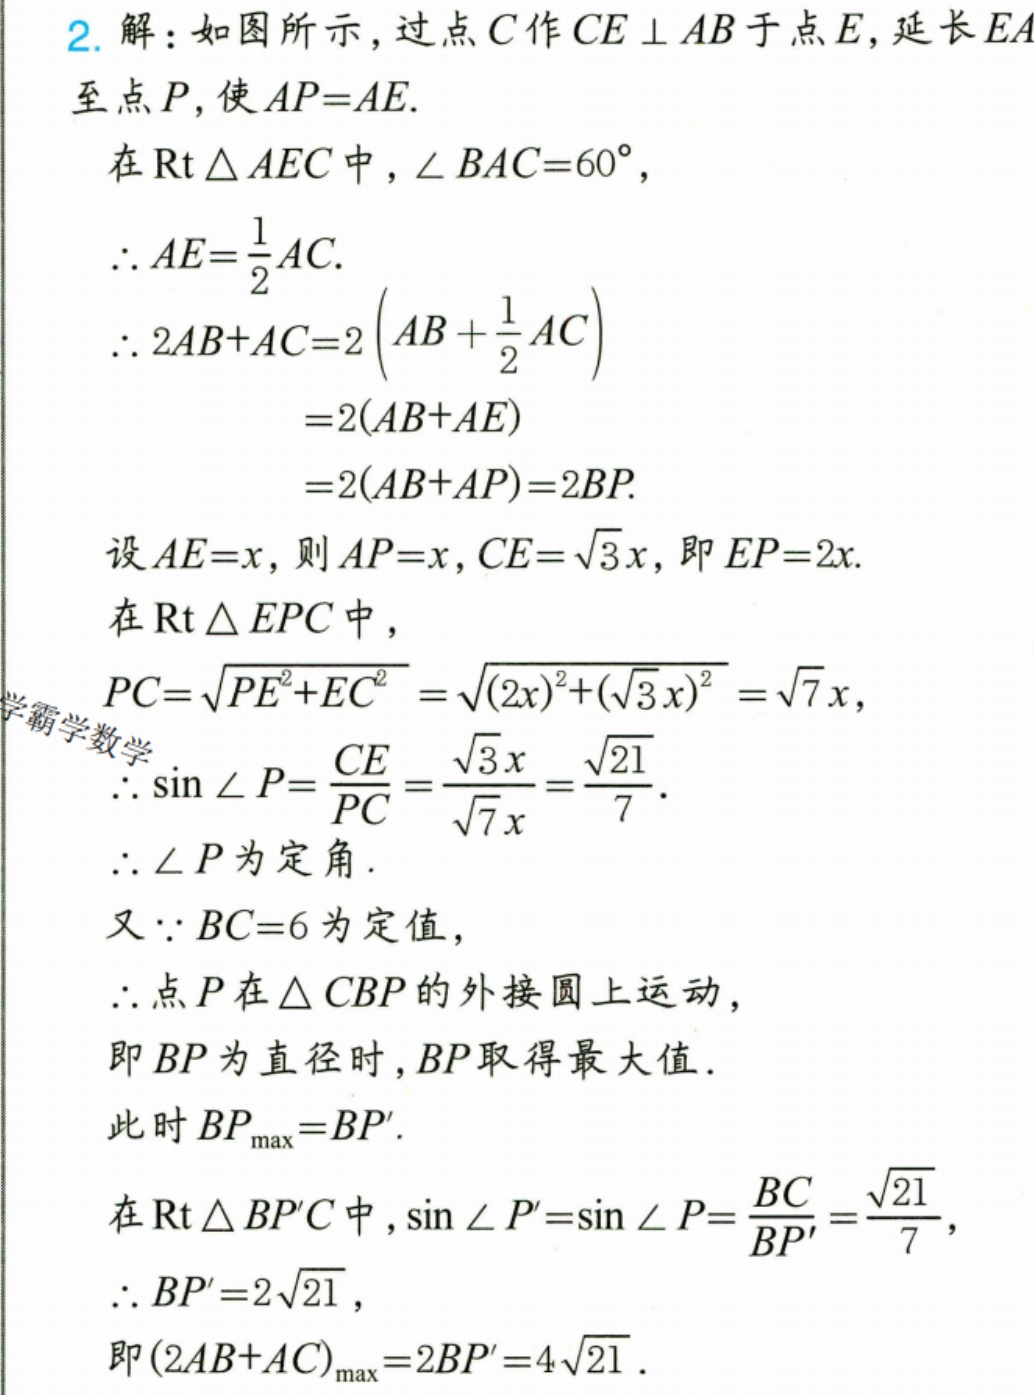
2. 解：如图所示，过点\(C\)作\(CE \perp AB\)于点\(E\)，延长\(EA\)至点\(P\)，使\(AP = AE\).
在\(\text{Rt}\triangle AEC\)中，\(\angle BAC = 60^{\circ}\)，
\(\therefore AE=\frac{1}{2}AC\).
\(\therefore 2AB + AC=2\left(AB+\frac{1}{2}AC\right)\)
\(=2(AB + AE)\)
\(=2(AB + AP)=2BP\).
设\(AE = x\)，则\(AP = x\)，\(CE=\sqrt{3}x\)，即\(EP = 2x\).
在\(\text{Rt}\triangle EPC\)中，
\(PC=\sqrt{PE^{2}+EC^{2}}=\sqrt{(2x)^{2}+(\sqrt{3}x)^{2}}=\sqrt{7}x\)，
\(\therefore \sin\angle P=\frac{CE}{PC}=\frac{\sqrt{3}x}{\sqrt{7}x}=\frac{\sqrt{21}}{7}\).
\(\therefore \angle P\)为定角.
又\(\because BC = 6\)为定值，
\(\therefore\)点\(P\)在\(\triangle CBP\)的外接圆上运动，
即\(BP\)为直径时，\(BP\)取得最大值.
此时\(BP_{\max}=BP'\).
在\(\text{Rt}\triangle BP'C\)中，\(\sin\angle P'=\sin\angle P=\frac{BC}{BP'}=\frac{\sqrt{21}}{7}\)，
\(\therefore BP' = 2\sqrt{21}\)，
即\((2AB + AC)_{\max}=2BP' = 4\sqrt{21}\).